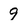
Character: 9